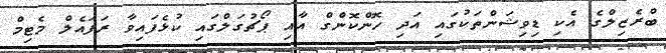
ބްރެޒިލްގެ އެކި ޑިވިޝަންތަކުގައި އަދި ހޮންކޮންގް އާއި ޕޯޗުގަލްގައި ކުޅެފައިވާ ރަފައެލް މެޓިމް